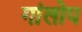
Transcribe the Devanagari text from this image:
गांलोप